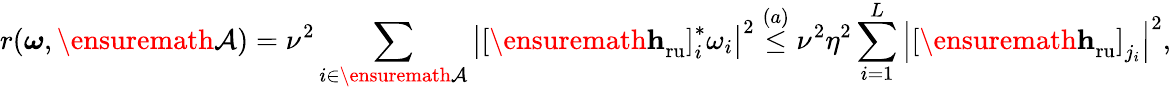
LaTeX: r(\boldsymbol{\omega},{\ensuremath{\mathcal{A}}})=\nu^{2}\sum_{i\in{\ensuremath{\mathcal{A}}}}\left\vert\left[{\ensuremath{{\mathbf{h}}}}_{\mathrm{ru}}\right]_{i}^{*}\omega_{i}\right\vert^{2}\overset{(a)}{\leq}\nu^{2}\eta^{2}\sum_{i=1}^{L}\left\vert\left[{\ensuremath{{\mathbf{h}}}}_{\mathrm{ru}}\right]_{j_{i}}\right\vert^{2},